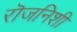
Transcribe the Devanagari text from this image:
रॊजनिशी